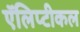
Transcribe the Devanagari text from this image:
ऍलिप्टीकल